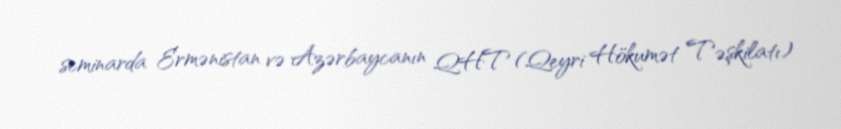
seminarda Ermənistan və Azərbaycanın QHT (Qeyri Hökumət Təşkilatı)